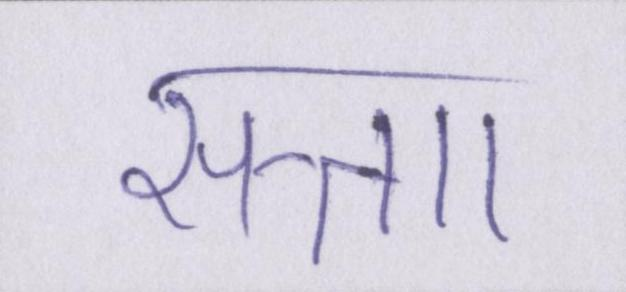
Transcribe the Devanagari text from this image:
सत्ताा